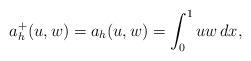
LaTeX: \begin{align*}a_h^+(u,w)=a_h(u,w) = \int_0^1 uw \, dx,\end{align*}